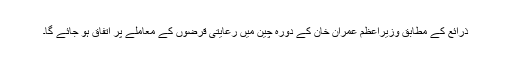
ذرائع کے مطابق وزیراعظم عمران خان کے دورہ چین میں رعایتی قرضوں کے معاملے پر اتفاق ہو جائے گا۔